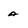
Character: a